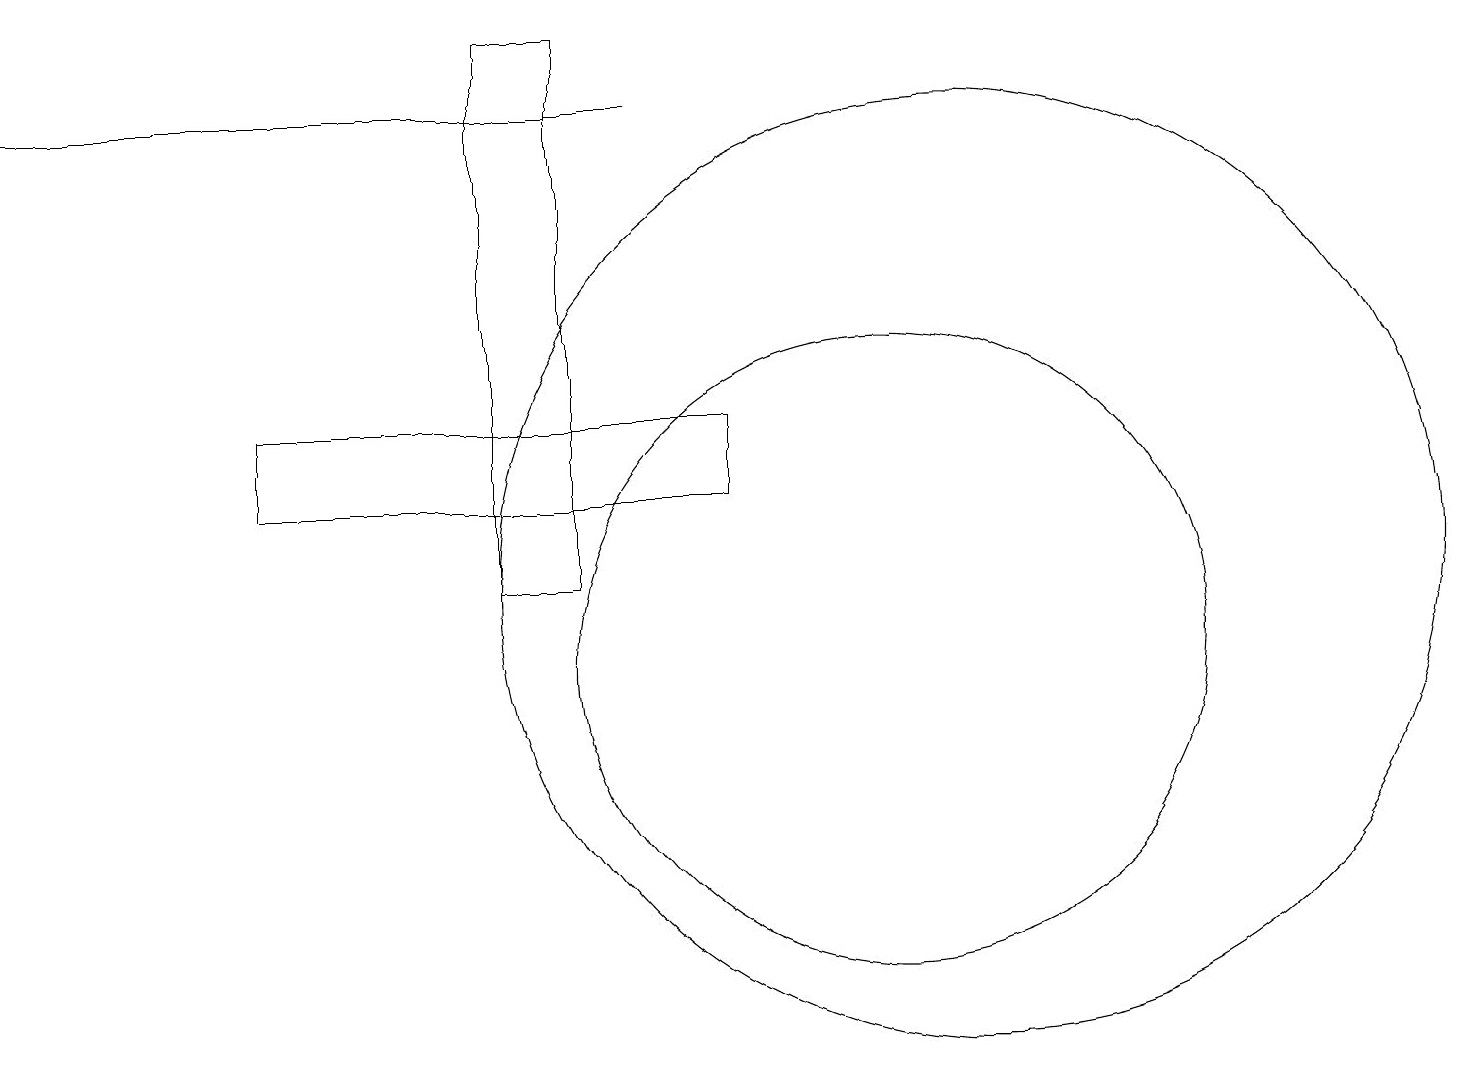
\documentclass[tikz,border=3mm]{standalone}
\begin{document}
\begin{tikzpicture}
\draw (0,18) rectangle (8,18);
\draw (7,12) rectangle (6,19);
\draw (12,12) circle (6);
\draw (9,14) rectangle (3,13);
\draw (7,18) rectangle (6,19);
\draw (11,11) circle (4);
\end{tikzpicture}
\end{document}